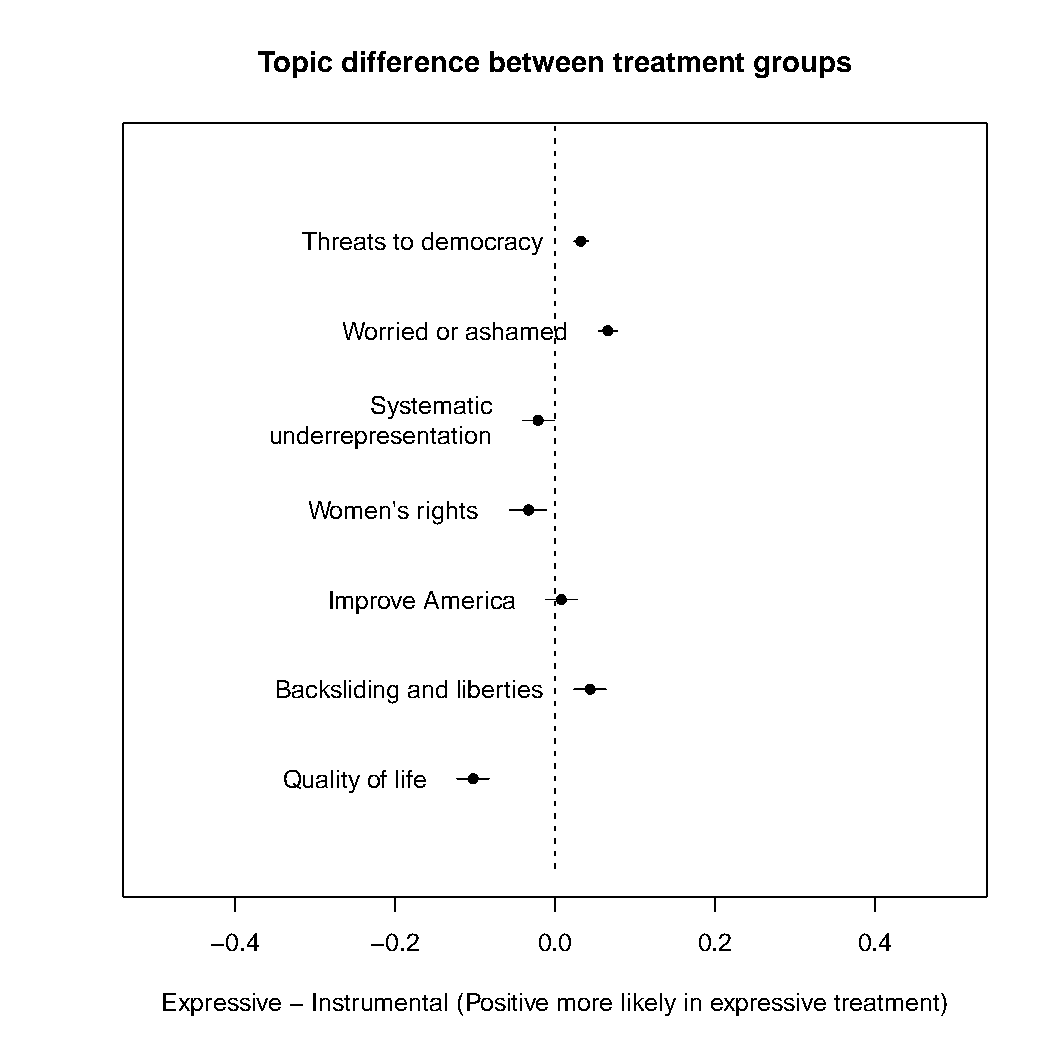
Topic difference between treatment groups
 Threats to democracy
 Worried or ashamed
 Systematic
 underrepresentation
 Women's rights
 Improve America
 Backsliding and liberties
 Quality of life
 −0.4       −0.2       0.0       0.2        0.4
 Expressive − Instrumental (Positive more likely in expressive treatment)